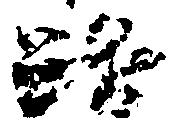
路